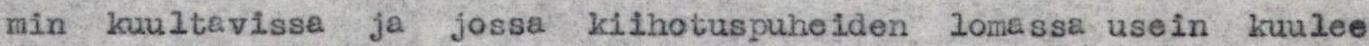
min kuultavissa  ja  jossa  kiihotuspuheiden lomassa usein kuulee